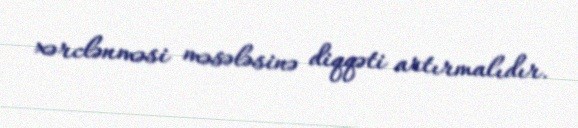
xərclənməsi məsələsinə diqqəti artırmalıdır.